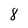
Character: 8